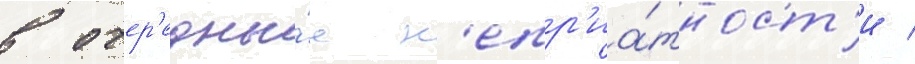
в очер'едны́е н'епр'иа́тност'и /